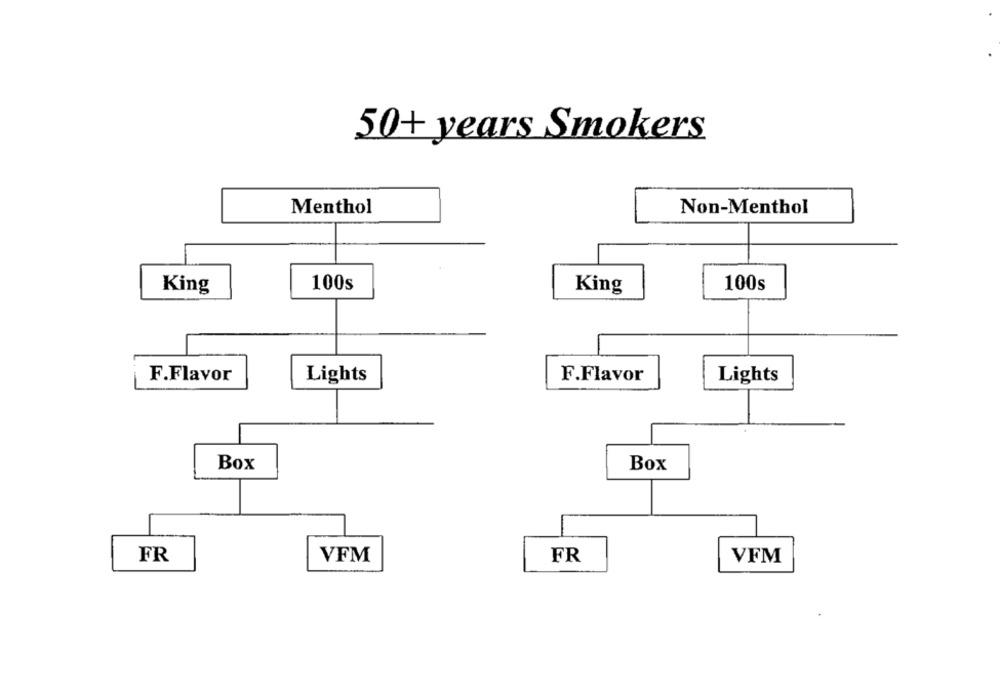
50+ years Smokers
Menthol
Non-Menthol
King
100s
100s
King
F.Flavor
Lights
F.Flavor
Lights
Box
Box
FR
VFM
FR
VFM